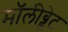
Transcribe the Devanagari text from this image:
मॉलीब्डेट